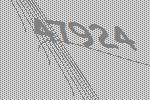
47924